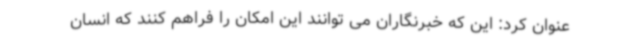
عنوان کرد: این که خبرنگاران می توانند این امکان را فراهم کنند که انسان